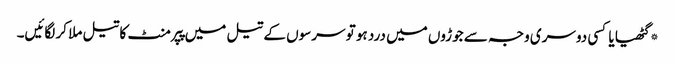
*گٹھیا یا کسی دوسری وجہ سے جوڑوں میں درد ہو تو سرسوں کے تیل میں پپرمنٹ کا تیل ملا کر لگائیں۔